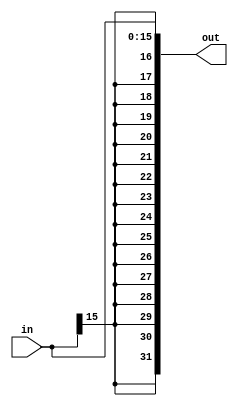
module Signextend(
    in,
    out
);


input [15:0] in;
output [31:0] out;

assign out = {{16{in[15]}},in};

endmodule